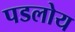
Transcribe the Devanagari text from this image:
पडलोय